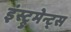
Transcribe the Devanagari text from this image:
इंस्ट्रुमेन्ट्स